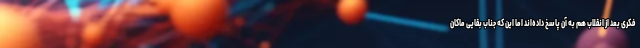
فکری بعد از انقلاب هم به آن پاسخ داده‌اند اما این که جناب بقایی ماکان